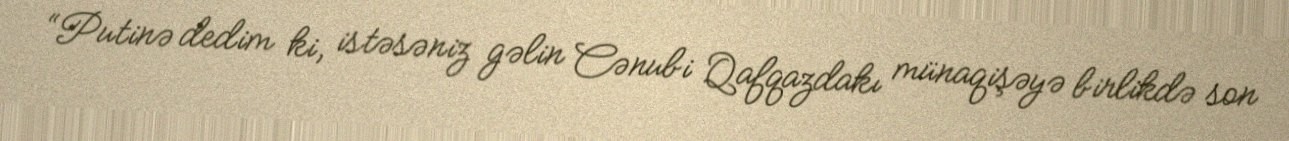
“Putinə dedim ki, istəsəniz gəlin Cənubi Qafqazdakı münaqişəyə birlikdə son